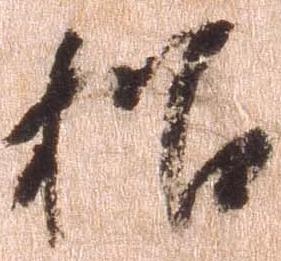
招